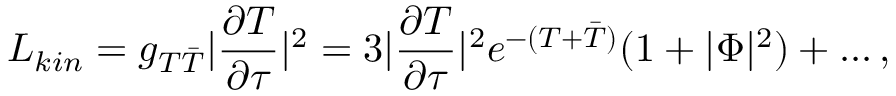
L _ { k i n } = g _ { T \bar { T } } | \frac { \partial T } { \partial \tau } | ^ { 2 } = 3 | \frac { \partial T } { \partial \tau } | ^ { 2 } e ^ { - ( T + \bar { T } ) } ( 1 + | \Phi | ^ { 2 } ) + . . . \, ,